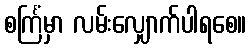
စင်္ကြံမှာ လမ်းလျှောက်ပါရစေ။